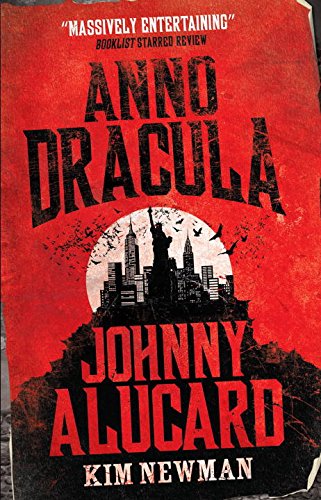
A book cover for Anno Dracula: Johnny Alucard; Kim Newman; Literature & Fiction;